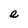
Character: e